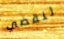
لنقضي